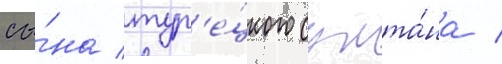
сы́на тур'е́цкого султа́на /